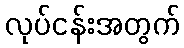
လုပ်ငန်းအတွက်